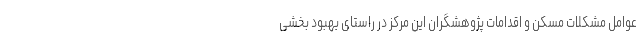
عوامل مشکلات مسکن و اقدامات پژوهشگران این مرکز در راستای بهبود بخشی